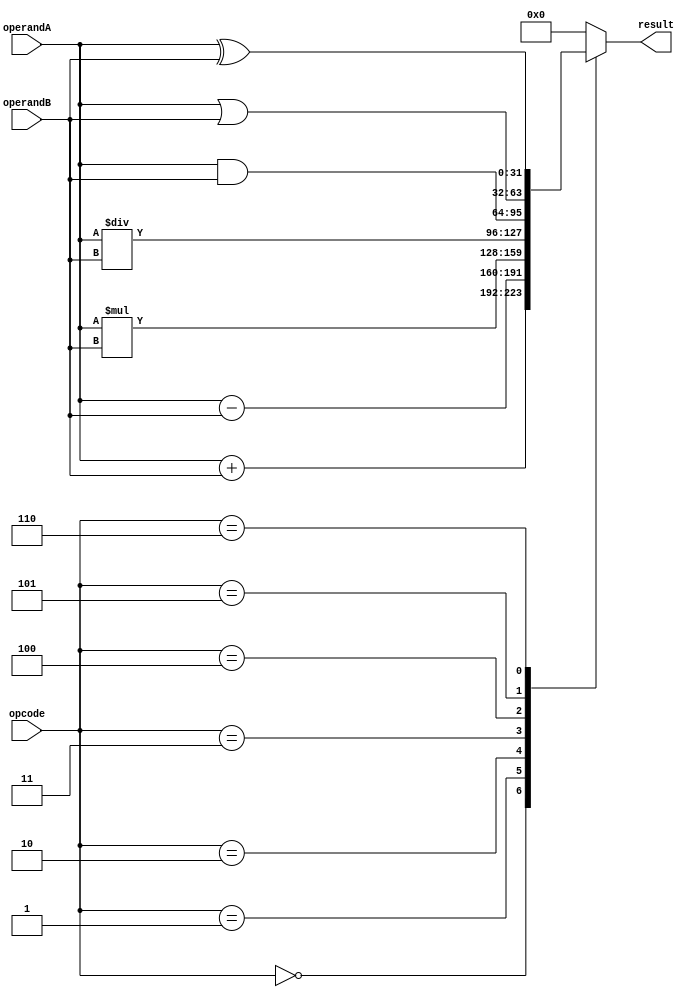
module ALU (
    input wire [31:0] operandA,
    input wire [31:0] operandB,
    input wire [2:0] opcode,
    output reg [31:0] result
);

always @(*) begin
    case(opcode)
        3'b000: result = operandA + operandB; // Addition operation
        3'b001: result = operandA - operandB; // Subtraction operation
        3'b010: result = operandA * operandB; // Multiplication operation
        3'b011: result = operandA / operandB; // Division operation
        3'b100: result = operandA & operandB; // Bitwise AND operation
        3'b101: result = operandA | operandB; // Bitwise OR operation
        3'b110: result = operandA ^ operandB; // Bitwise XOR operation
        default: result = 32'b0; // Default case
    endcase
end

endmodule